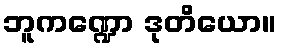
ဘူကဏ္ဍော ဒုတိယော။